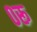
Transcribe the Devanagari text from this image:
०रू